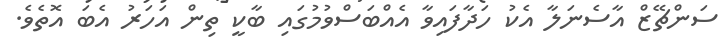
ސަންޗޭޒް އާސެނަލާ އެކު ހަދާފައިވާ އެއްބަސްވުމުގައި ބާކީ ތިން އަހަރު އެބަ އޮތެވެ.